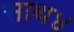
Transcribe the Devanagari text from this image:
साथ४